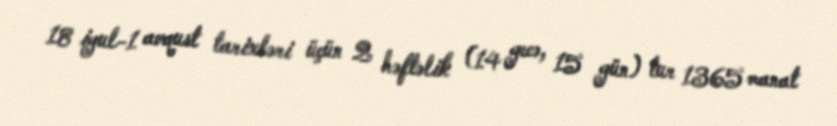
18 iyul-1 avqust tarixləri üçün 2 həftəlik (14 gecə, 15 gün) tur 1365 manat